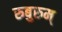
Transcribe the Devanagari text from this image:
रुबुरुम्